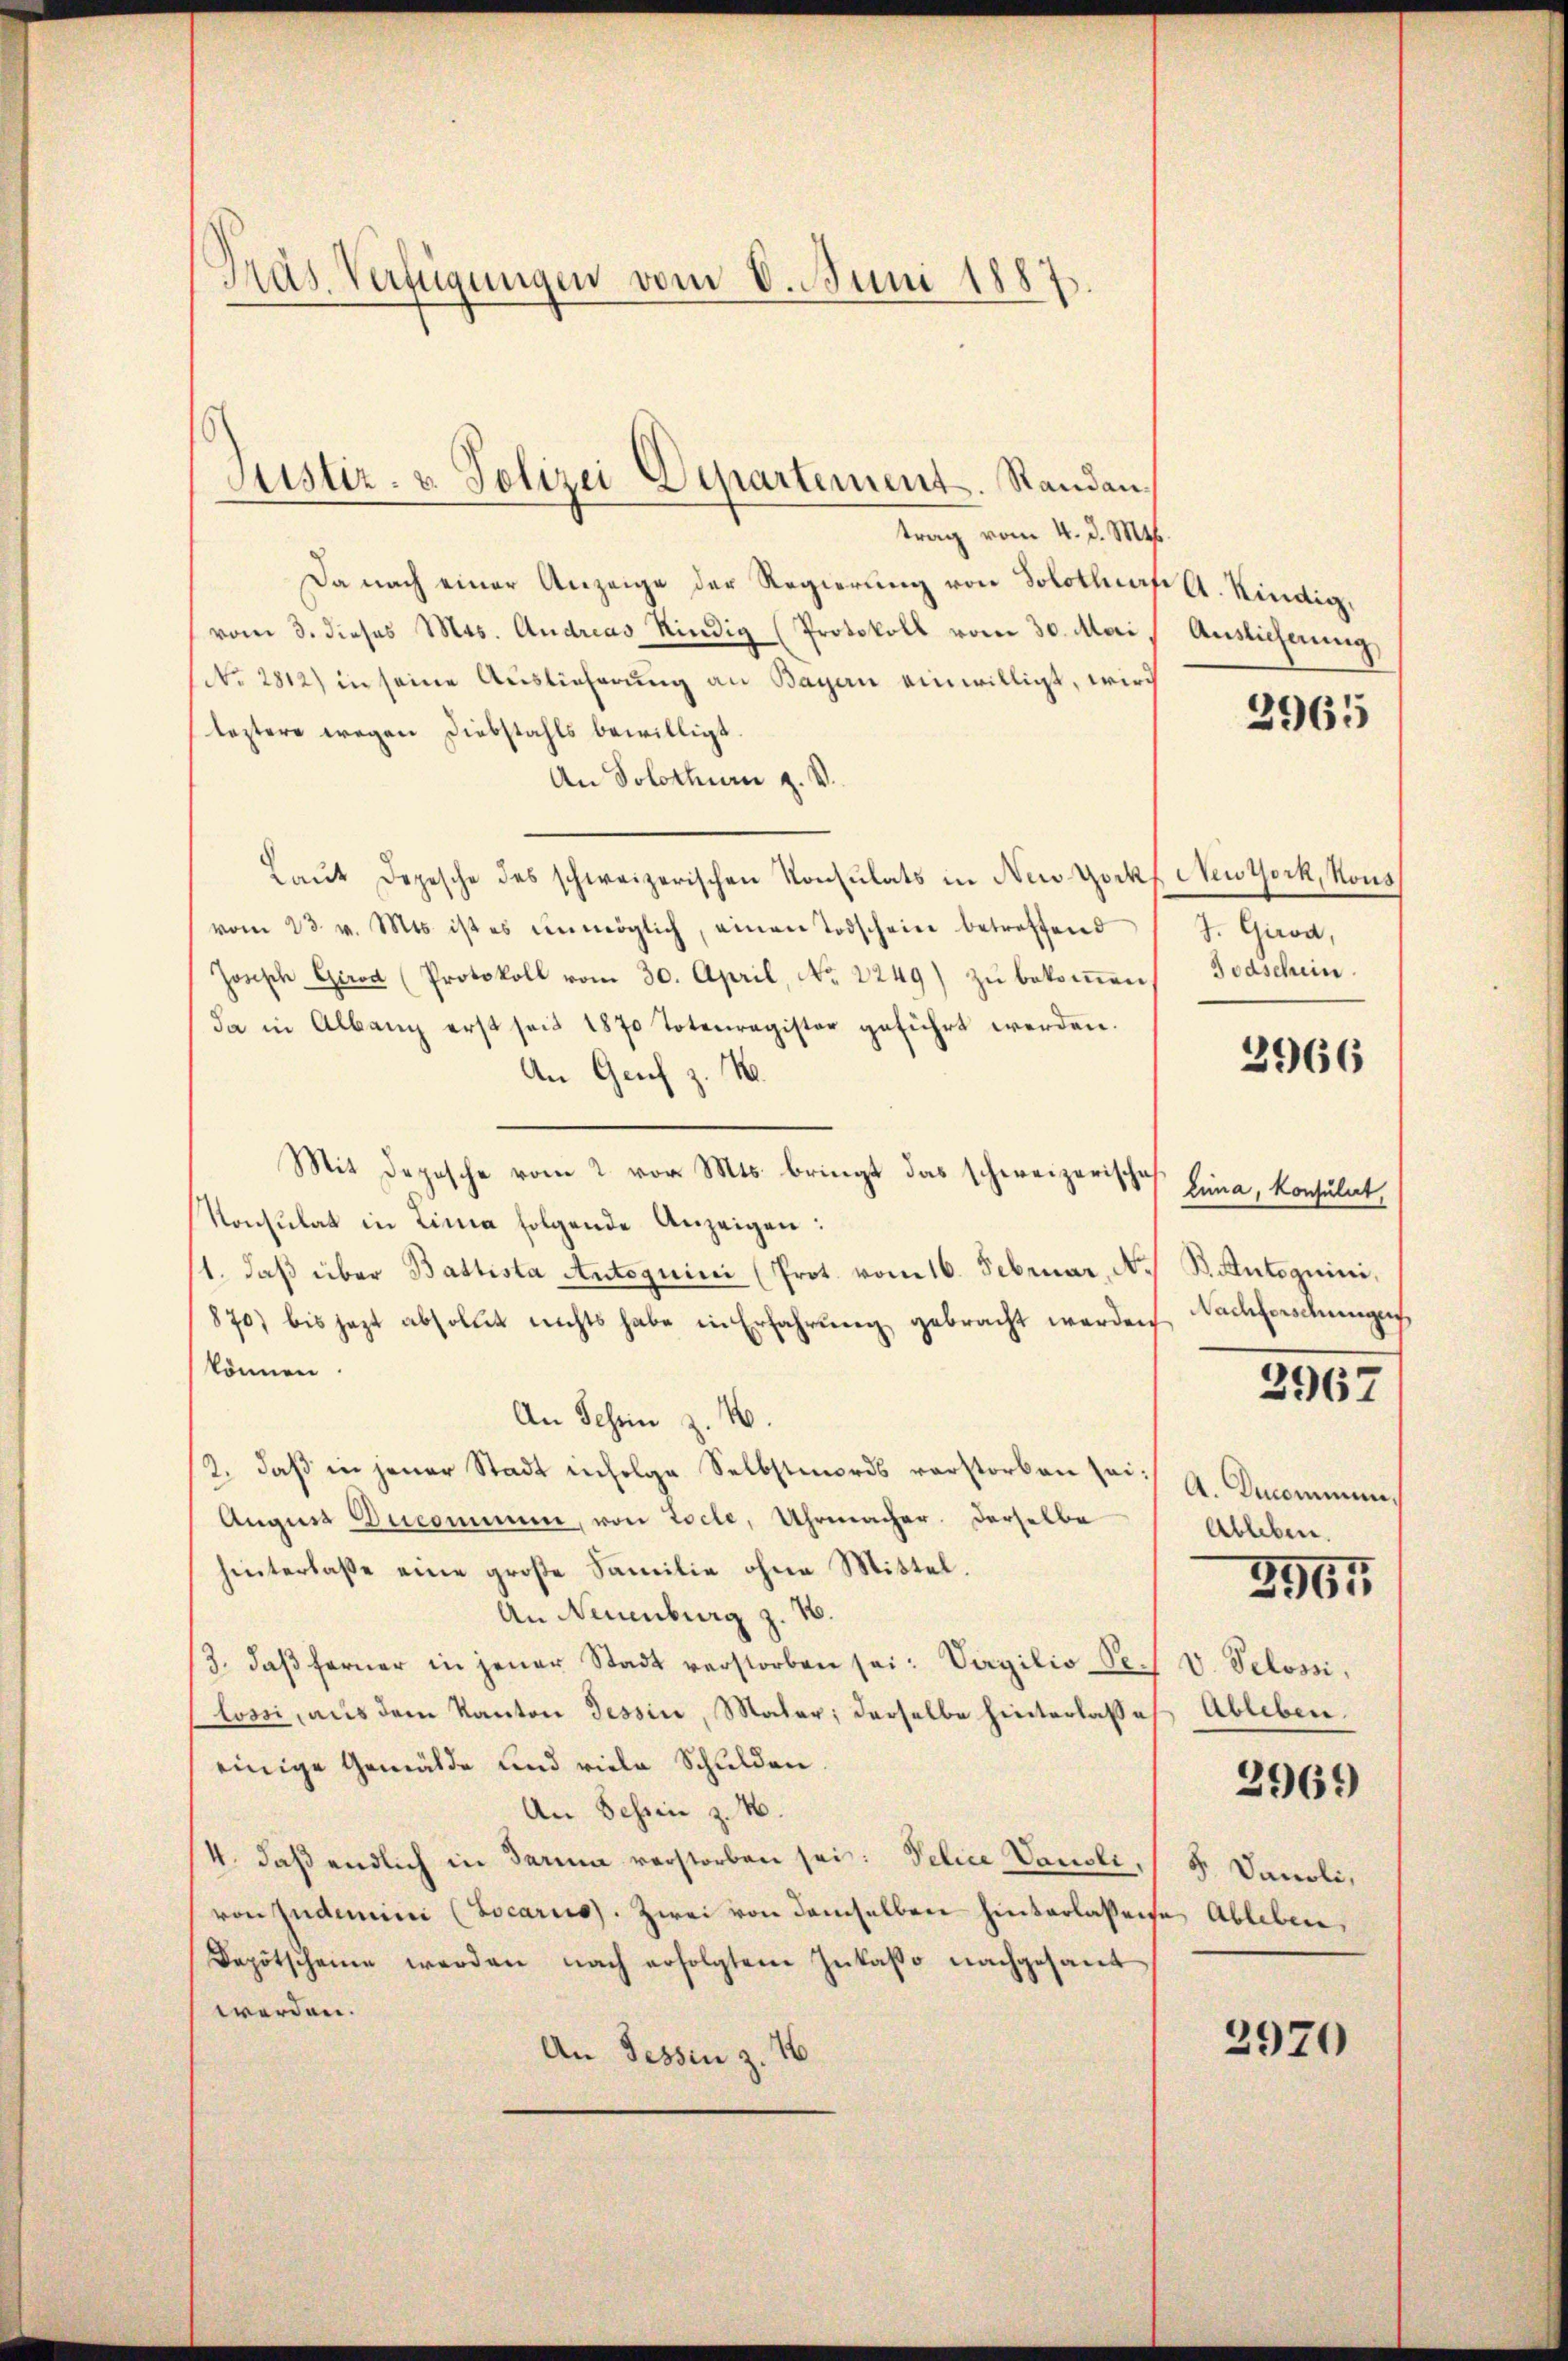
Pras Verfügungen vom 8. Juni 1887.

trag vom 4. d. Mts.
Da nach einer Anzeige der Regierung von Solothof A. Kindig,
vom 3. dieses Mos. Andreas Rindig (Protokoll vom 30. Mai Auslieferung,
No 2812) in seine Auslieferung an Bayen einwilligt, wird
leztere wegen Diebstahls bewilligt.
An Solothurn z. B.
Laŭt Depesche des schweizerischen Konsulats in New York Neuork, Kons
vom 23. v. Mts. ist es unmöglich, einen Todschein betreffend
Josisch Girod (Protokoll vom 30. April, No. 2249) zu bekommen
Ja in Albang erst seit 1870 Totenregister geführt werden.
An Genf z. M.
Mit Depesche vom 2. vor. Mts. bringt das schweizerische
Konsulat in Lina folgende Anzeigen:
11. daβ über Battista Antoquini (Prot. vom 16. Februar, N. B. Autoguini,
870) bis jezt absolut nichts habe in Erfahrŭng gebracht werden Nachforschungen,
können.
An Schein z. B.
2. daβ in jener Stadt infolge Selbstmords verstorben sei: A. Ducommun¬
August Decommen, von Loche, Uhrmacher. Derselbe
hinterlasse eine große Familie ohne Mittel.
An Neuenburg z. B.
3. daβ ferner in jener Stadt verstorben sei: Vagilio Se. V. Pelossi,
lossi, aus dem Kanton Tessin, Mater; derselbe hinterlasses Ableben.
einige Gemälde und viele Schulden
An Schien z. M.
4. daß endlich in darina verstorben sei: Velice Vausli, 14. Danoli,
von Zudemini (Locariis). Zwei von demselben hinterlassene Ableben,
Depotscheine werden nach erfolgtem Inkasso nachgesant
werden.
An Tessin z. 16

Justiz- & Polizei Departement. Standan¬

2965

J. Girod,
Todschein.

3966

lina, Konsulat

2967

Ableben.

2967

2969

2970